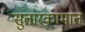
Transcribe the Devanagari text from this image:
सुतारकामात